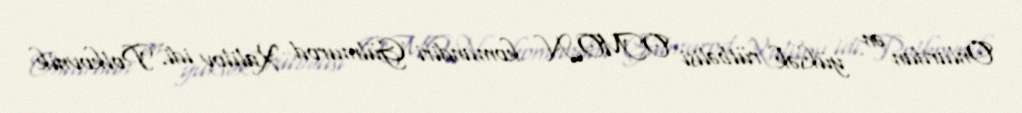
Onlardan ən yüksək rütbəlisi OMON komandiri Gülmurod Xalilov idi. Polkovnik